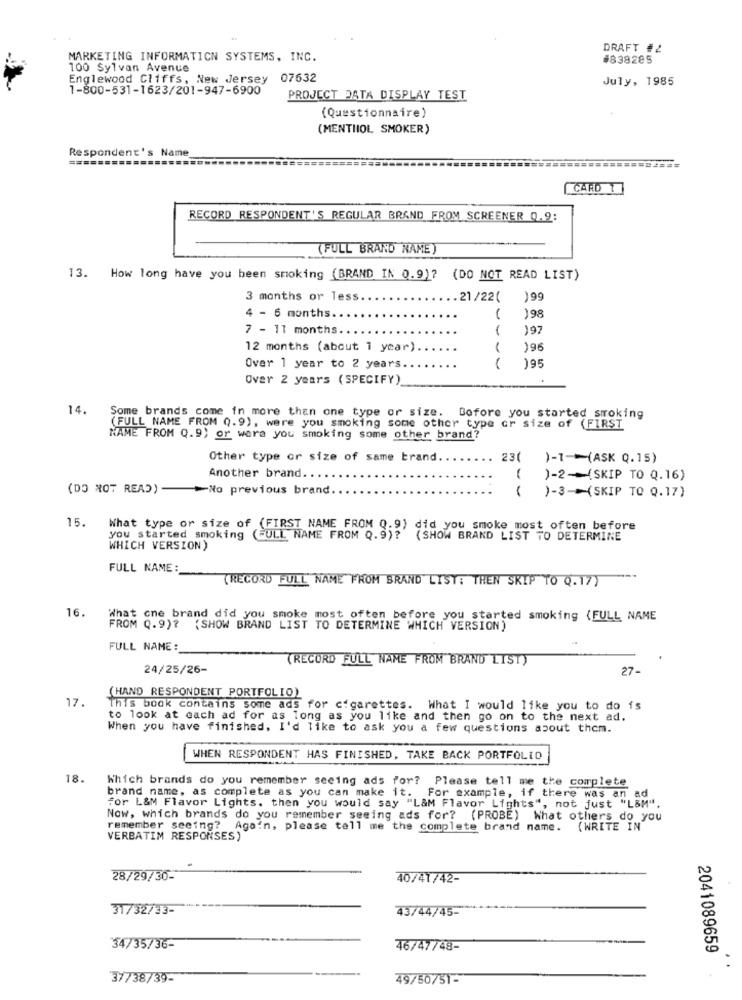
DRAFT #2
MARKETING INFORMATION SYSTEMS, INC.
#838285
100 Sylvan Avenue
Englewood Cliffs, New Jersey 07632
July, 1985
1-800-531-1623/201-947-6900
PROJECT DATA DISPLAY TEST
(Questionnaire)
(MENTHOL SMOKER)
Respondent's Name
=====
CARD 1
RECORD RESPONDENT'S REGULAR BRAND FROM SCREENER Q.9:
(FULL BRAND NAME
13. How long have you been smoking (BRAND IN 0.9)? (DO NOT READ LIST)
3 months or less
.21/22( )99
4 - 6 months.
198
7 - 11 months
)97
12 months (about 1 year).
196
--
Over 1 year to 2 years.
)95
Over 2 years (SPECIFY)
14.
Some brands come in more than one type or size. Before you started stroking
(FULL NAME FROM Q.9), were you smoking some other type or size of (FIRST
NAME FROM Q.9) or were you smoking some other brand?
Other type or size of same brand.
23(
)-1 -- (ASK Q.15)
Another brand.
--
)-2-(SKIP TO Q.16)
(DO NOT READ) - No previous brand.
( )-3-(SKIP TO Q.17)
15.
What type or size of (FIRST NAME FROM Q.9) did you smoke most often before
you started smoking (FULL NAME FROM Q.9)? (SHOW BRAND LIST TO DETERMINE
WHICH VERSION)
FULL NAME:
(RECORD FULL NAME FROM BRAND LIST: THEN SKIP TO 0.17)
16.
What cne brand did you smoke most often before you started smoking (FULL NAME
FROM Q.9)? ( SHOW BRAND LIST TO DETERMINE WHICH VERSION)
FULL NAME:
(RECORD FULL NAME FROM BRAND LIST)
24/25/26-
27-
17.
(HAND RESPONDENT PORTFOLIO)
This book contains some ads for cigarettes. What I would like you to do is
to look at each ad for as long as you like and then go on to the next ad.
When you have finished. I'd like to ask you a few questions about them.
WHEN RESPONDENT HAS FINISHED, TAKE BACK PORTFOLIO
18.
Which brands do you remember seeing ads for? Please tell me the complete
brand name, as complete as you can make it. For example, if there was an ad
for L&M Flavor Lights. then you would say "L&M Flavor Lights", not just "L&M".
Now, which brands do you remember seeing ads for? (PROBE) What others do you
remember seeing? Again, please tell me the complete brand name. (WRITE IN
VERBATIM RESPONSES)
28/29/30-
40/41/42-
31732/33-
43/44/45-
34/35/36-
46/47748-
2041089659
37738/39-
49/50/51-